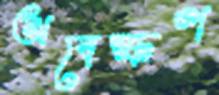
অবেক্ষণ